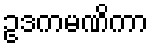
ဥဒကမဏိကာ